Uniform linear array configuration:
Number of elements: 8
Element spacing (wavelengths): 0.5
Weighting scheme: cosine
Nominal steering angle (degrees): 30
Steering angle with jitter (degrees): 30.55
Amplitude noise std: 0.05
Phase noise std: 0.05

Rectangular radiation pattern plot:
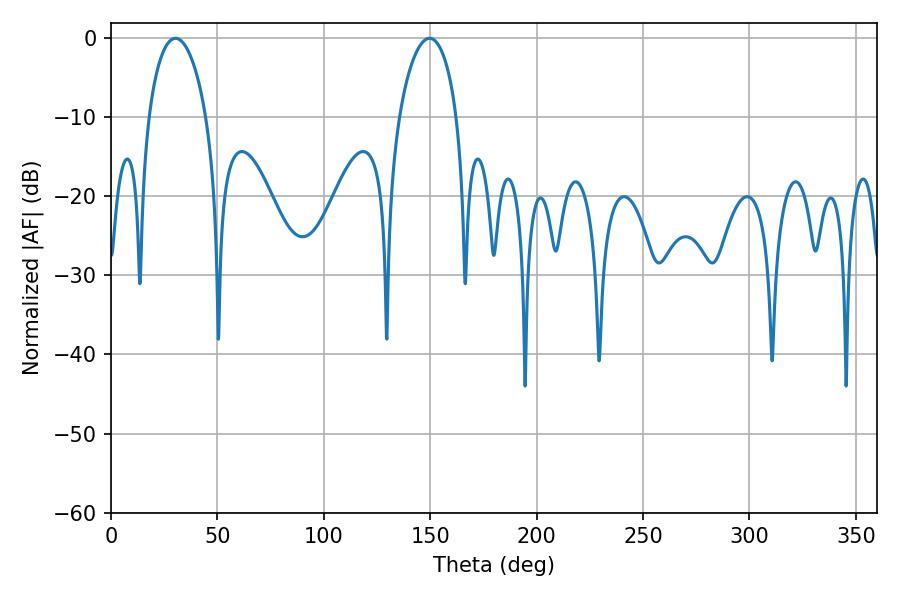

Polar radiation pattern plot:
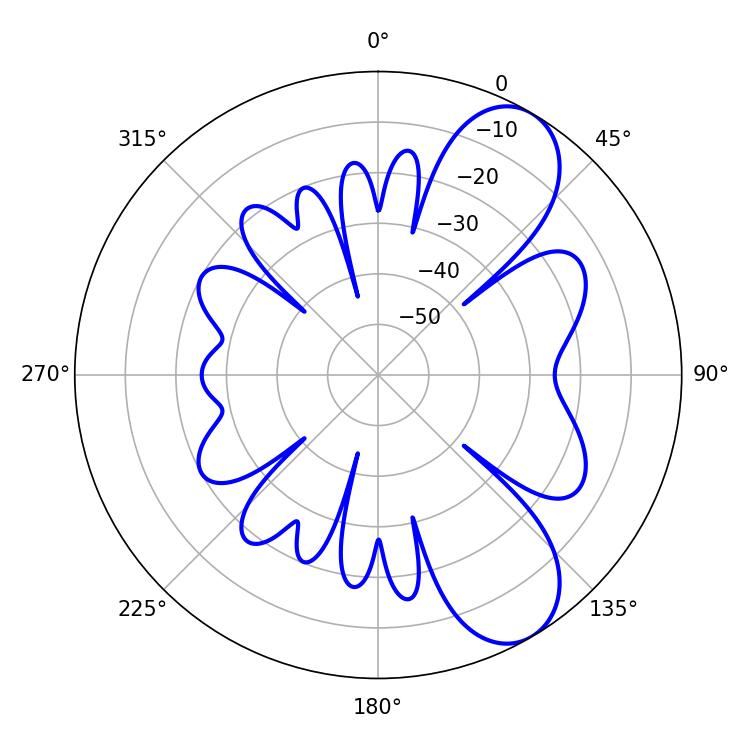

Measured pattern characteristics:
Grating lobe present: FALSE
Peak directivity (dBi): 8.29
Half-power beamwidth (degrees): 15.48
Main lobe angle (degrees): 30.24